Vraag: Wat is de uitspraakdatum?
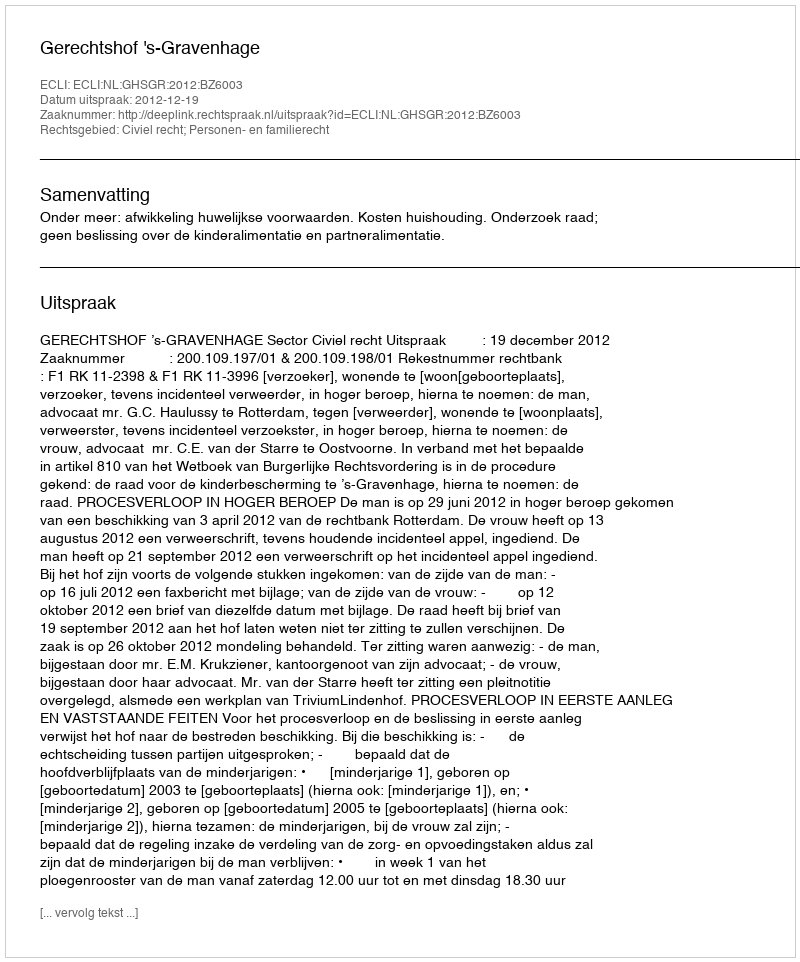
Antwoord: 2012-12-19